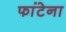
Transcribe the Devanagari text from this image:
फांटेना